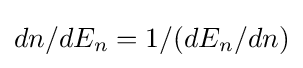
dn/dE_{n}=1/(dE_{n}/dn)